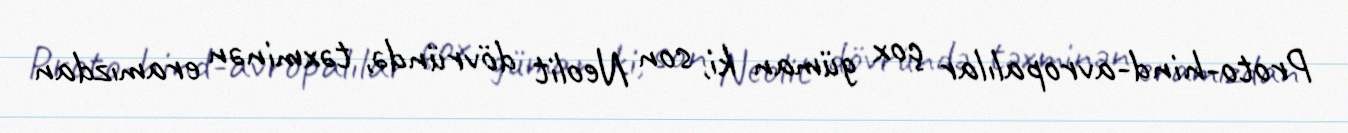
Proto-hind-avropalılar çox güman ki, son Neolit dövründə, təxminən eramızdan